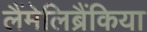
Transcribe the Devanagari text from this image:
लैंमेलिब्रैंकिया